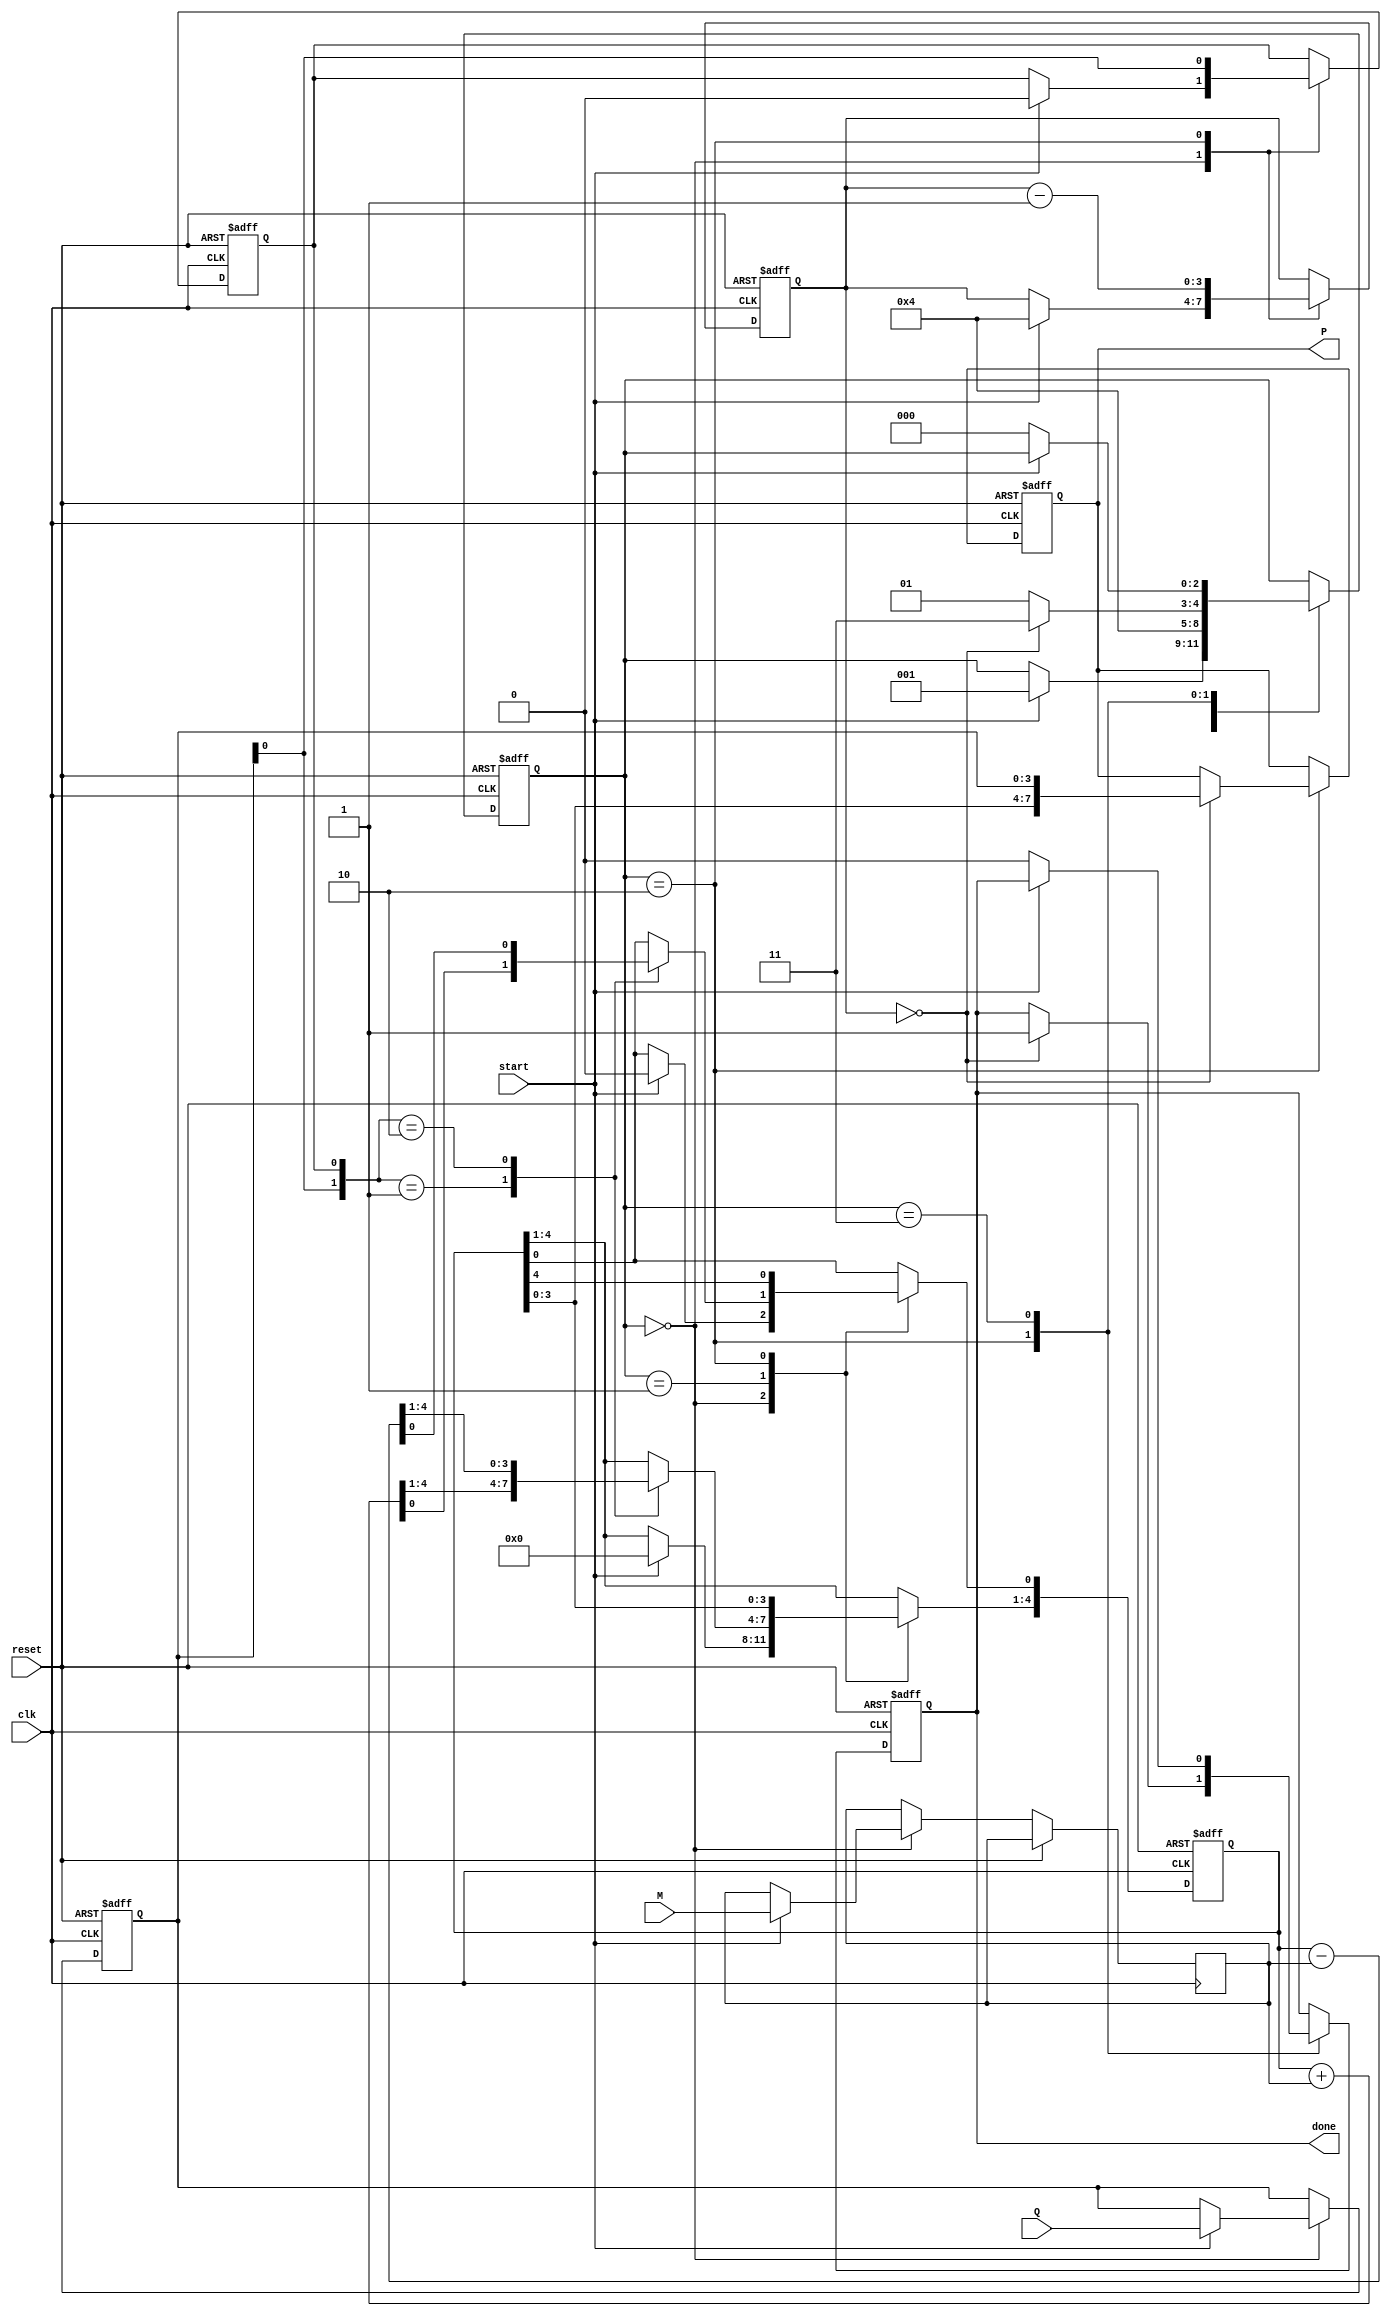
module booth_multiplier #(parameter n = 4) (
    input wire clk,
    input wire reset,
    input wire start,
    input wire [n-1:0] M,  // Multiplicand
    input wire [n-1:0] Q,  // Multiplier
    output reg [(2*n)-1:0] P,  // Product
    output reg done  // Multiplication done signal
);

    reg [n-1:0] Q_reg;    // Multiplier
    reg [n-1:0] M_reg;    // Multiplicand
    reg [n:0] A;          // Accumulator (n bits for A + 1 bit for sign)
    reg Q1;               // Previous LSB of Q
    reg [2:0] state;      // FSM state
    reg [3:0] count;      // Iteration counter

    // FSM States
    localparam INIT = 3'b000,
               EXECUTE = 3'b001,
               SHIFT = 3'b010,
               DONE = 3'b011;

    // Control logic
    always @(posedge clk or posedge reset) begin
        if (reset) begin
            // Reset all registers and outputs
            P <= 0;
            A <= 0;
            Q_reg <= 0;
            Q1 <= 0;
            done <= 0;
            state <= INIT;
            count <= 0;
        end else begin
            case (state)
                INIT: begin
                    if (start) begin
                        // Initialize registers
                        M_reg <= M;
                        Q_reg <= Q;
                        A <= 0;
                        Q1 <= 0;
                        count <= n;  // Number of bits to process
                        state <= EXECUTE;
                    end
                end

                EXECUTE: begin
                    case ({Q_reg[0], Q1})  // Inspect last bit of Q and Q1
                        2'b01: A <= A + M_reg;  // Q=1 and Q-1=0: A = A + M
                        2'b10: A <= A - M_reg;  // Q=0 and Q-1=1: A = A - M
                        default: ;  // No operation
                    endcase
                    state <= SHIFT;  // Move to SHIFT state
                end

                SHIFT: begin
                    // Arithmetic right shift A and Q
                    {A[n:1], Q_reg} <= {A[(n-1):0], Q_reg};  // Shift A and Q
                    A[0] <= A[n];  // Maintain sign bit
                    Q1 <= Q_reg[0];  // Update Q1 with last LSB of Q

                    count <= count - 1;  // Decrement count
                    if (count == 0) begin
                        P <= {A, Q_reg};  // Final product
                        done <= 1;        // Indicate multiplication done
                        state <= DONE;    // Transition to done state
                    end else begin
                        state <= EXECUTE;  // Continue the process
                    end
                end

                DONE: begin
                    if (!start) begin
                        done <= 0;  // Clear done signal on new start
                        state <= INIT; // Ready for next operation
                    end
                end
            endcase
        end
    end
endmodule